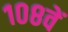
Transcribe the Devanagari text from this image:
१०८वें